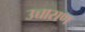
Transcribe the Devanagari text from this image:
उच्चाराण